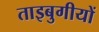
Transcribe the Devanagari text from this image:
ताइबुगीयों